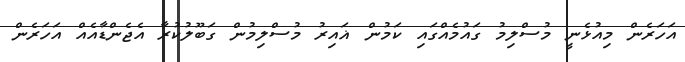
އަހަރެން މިއުޅެނީ މުސްލިމު ގައުމެއްގައި ކަމުން ޣައިރު މުސްލިމުން ގަބޫލުކުރާ އެޖެންޑާއެއް އަހަރެން